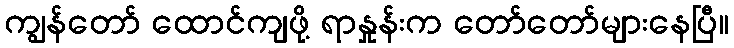
ကျွန်တော် ထောင်ကျဖို့ ရာနှုန်းက တော်တော်များနေပြီ။